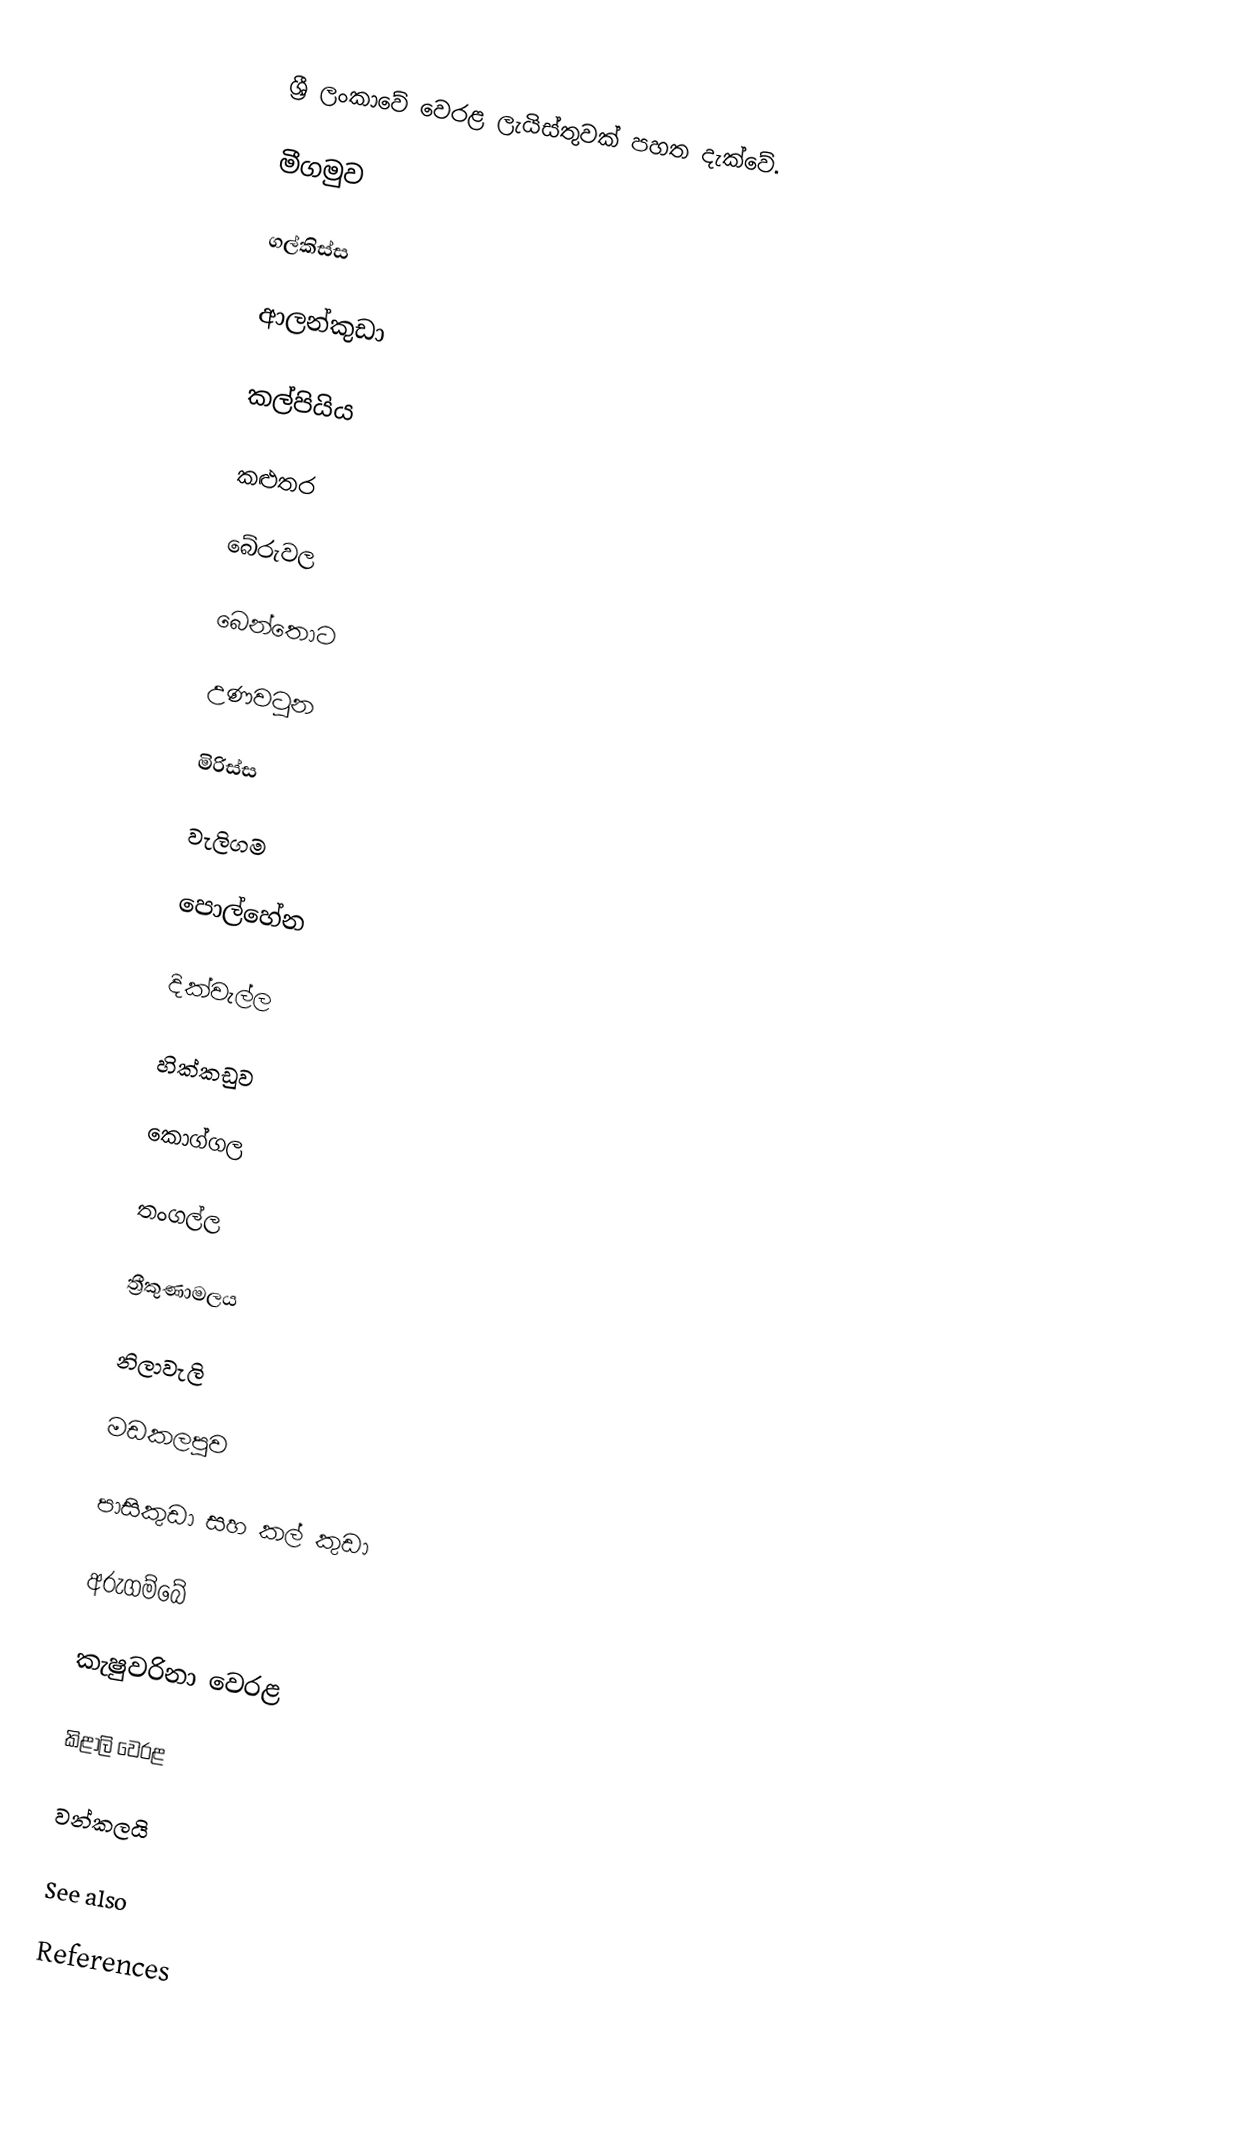
ශ්‍රී ලංකාවේ වෙරළ ලැයිස්තුවක් පහත දැක්වේ.

මීගමුව

ගල්කිස්ස

ආලන්කුඩා

කල්පියිය

කළුතර

බේරුවල

බෙන්තොට

උණවටුන

මිරිස්ස

වැලිගම

පොල්හේන

දික්වැල්ල

හික්කඩුව

කොග්ගල

තංගල්ල

ත්‍රීකුණාමලය

නිලාවැලි

මඩකලපුව

පාසිකුඩා සහ කල් කුඩා

අරුගම්බේ

කැෂුවරිනා වෙරළ

කිළාලි වෙරළ

වන්කලයි

See also

References